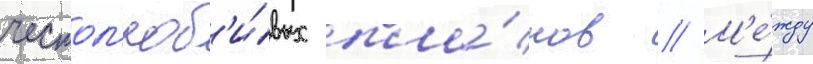
честол'юб'и́вых пла́нов // М'е́жду